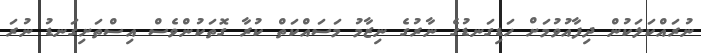
ނުރައްކަލަކުން ދިފާއުވުމަށް ހަޑިގަނޑުގެ ނާރުގެ ނިޒާމު މަސައްކަތް ކުރާ ގޮތަކުންވެސް އިސްތަށިގަނޑު ނުރަ